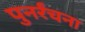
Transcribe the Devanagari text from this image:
पुनर्रंचना